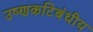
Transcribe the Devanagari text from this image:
उष्‍णकटिबंधीय